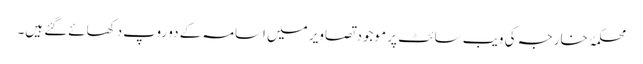
محکمۂ خارجہ کی ویب سائٹ پر موجود تصاویر میں اسامہ کے دو روپ دکھائےگئے ہیں۔